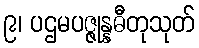
၉၊ ပဌမပဇ္ဇုန္နဓီတုသုတ်